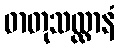
ဓာတုသလ္လာနံ